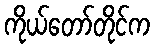
ကိုယ်တော်တိုင်က